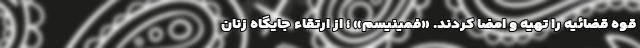
قوه قضائیه را تهیه و امضا کردند. «فمینیسم» ؛ از ارتقاء جایگاه زنان